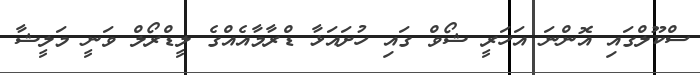
ސްކޫލްގައި އޮންނަ އަހަރީ ޝޯވް ގައި ހުށައަޅާ ޑްރާމާއެއްގެ ލީޑްރޯލް ވަނީ މަލީޝާ